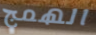
الهمج